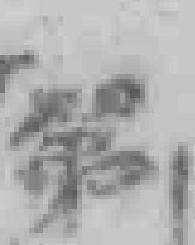
第